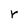
Character: r